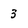
Character: 3